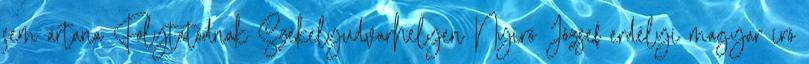
sem ártana Folytatódnak Székelyudvarhelyen Nyírő József erdélyi magyar író